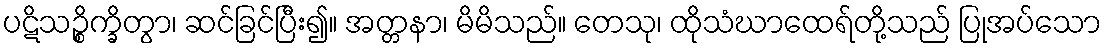
ပဋိသဉ္စိက္ခိတွာ၊ ဆင်ခြင်ပြီး၍။ အတ္တနာ၊ မိမိသည်။ တေသု၊ ထိုသံဃာထေရ်တို့သည် ပြုအပ်သော